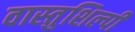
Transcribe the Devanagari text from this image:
वास्‍तुशिल्‍पी